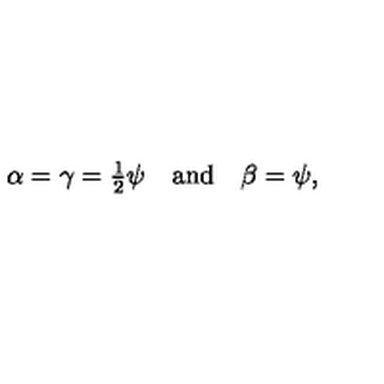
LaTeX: \alpha = \gamma = { \textstyle { \frac { 1 } { 2 } } } \psi \quad \mathrm { a n d } \quad \beta = \psi ,